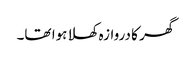
گھر کا دروازہ کھلا ہوا تھا۔